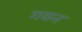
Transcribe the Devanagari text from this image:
गवन